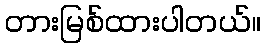
တားမြစ်ထားပါတယ်။